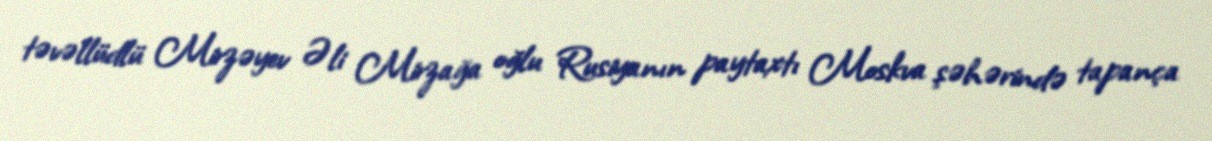
təvəllüdlü Mirzəyev Əli Mirzağa oğlu Rusiyanın paytaxtı Moskva şəhərində tapança